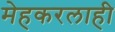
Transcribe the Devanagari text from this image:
मेहकरलाही